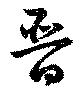
晋